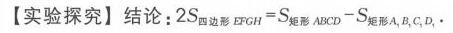
【实验探究】结论：\(2S_{四边形EFGH}=S_{矩形ABCD}-S_{矩形A_{1}B_{1}C_{1}D_{1}}\)